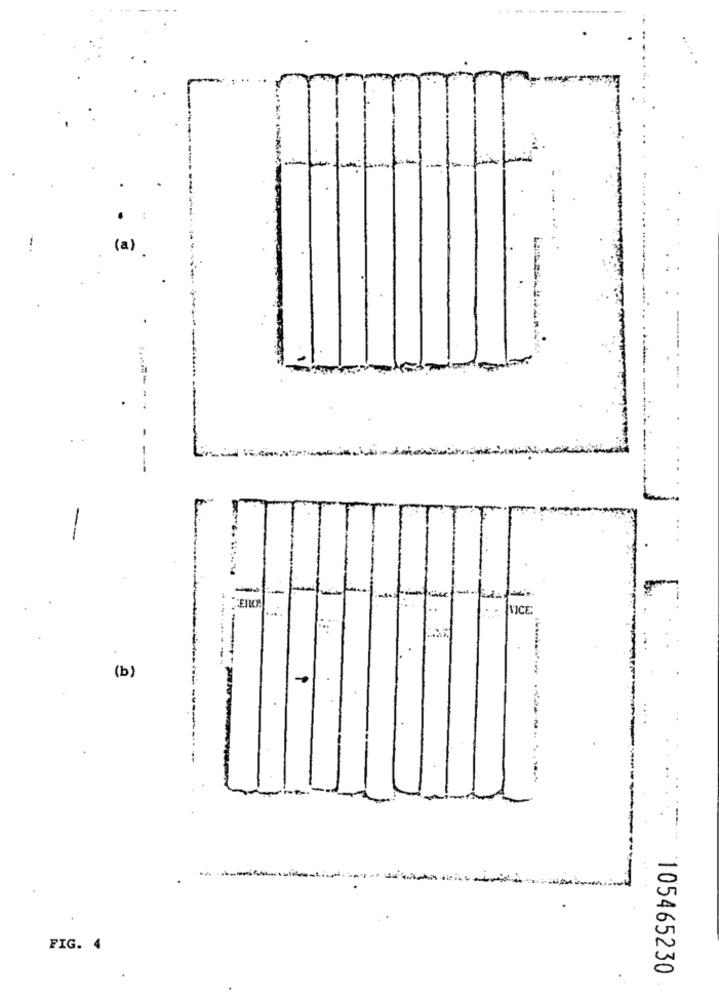
e
- -
-
EROS
VICE:
(b)
FIG. 4
105465230